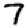
Digit: 7